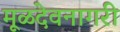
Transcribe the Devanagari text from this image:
मूळदेवनागरी